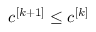
c ^ { [ k + 1 ] } \leq c ^ { [ k ] }